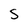
Character: S